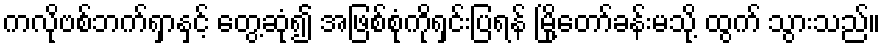
ကလိုဗစ်ဘက်ရှာနှင့် တွေ့ဆုံ၍ အဖြစ်စုံကိုရှင်းပြရန် မြို့တော်ခန်းမသို့ ထွက် သွားသည်။